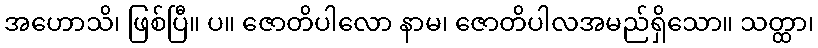
အဟောသိ၊ ဖြစ်ပြီ။ ပ။ ဇောတိပါလော နာမ၊ ဇောတိပါလအမည်ရှိသော။ သတ္ထာ၊